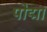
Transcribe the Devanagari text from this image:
पोद्मा